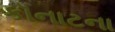
કૉનાટના